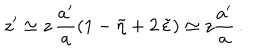
z ^ { \prime } \simeq z \, \frac { a ^ { \prime } } { a } \left( 1 - \tilde { \eta } + 2 \, \tilde { \varepsilon } \right) \simeq z \frac { a ^ { \prime } } { a } \, .